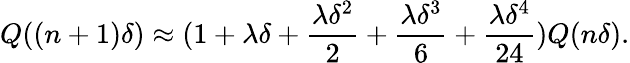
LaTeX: Q((n+1)\delta)\approx(1+\lambda\delta+\frac{\lambda\delta^{2}}{2}+\frac{\lambda\delta^{3}}{6}+\frac{\lambda\delta^{4}}{24})Q(n\delta).